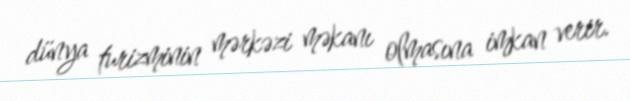
dünya turizminin mərkəzi məkanı olmasına imkan verir.